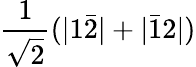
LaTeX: \frac{1}{\sqrt{2}}(|1\bar{2}|+|\bar{1}2|)